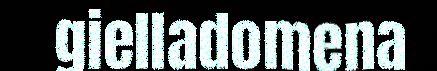
gielladomena